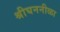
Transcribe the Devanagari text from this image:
श्रीघननीळा